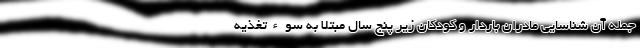
جمله آن شناسایی مادران باردار و کودکان زیر پنج سال مبتلا به سوءتغذیه